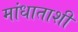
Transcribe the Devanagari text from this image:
मांधाताशी